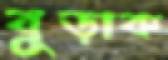
বুড়াক